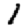
Digit: 1